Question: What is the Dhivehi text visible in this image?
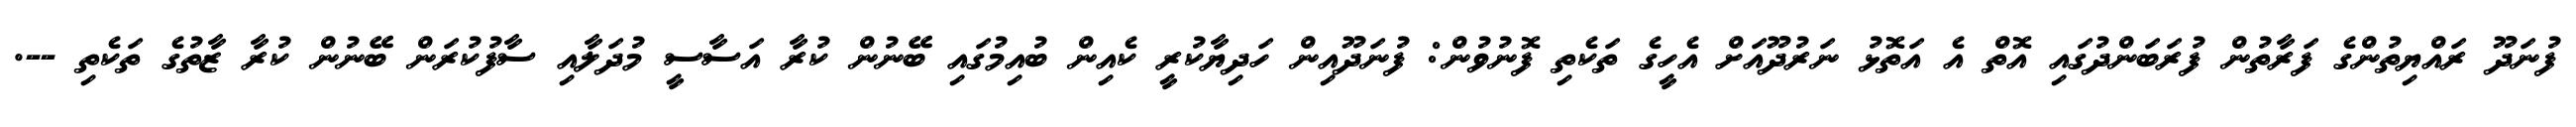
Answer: ފުނަދޫ ރައްޔިތުންގެ ފަރާތުން ފުރަބަންދުގައި އޮތް އެ އަތޮޅު ނަރުދޫއަށް އެހީގެ ތަކެތި ފޮނުވުން: ފުނަދޫއިން ހަދިޔާކުރީ ކެއިން ބުއިމުގައި ބޭނުން ކުރާ އަސާސީ މުދަލާއި ސާފުކުރަން ބޭނުން ކުރާ ޒާތުގެ ތަކެތި --.